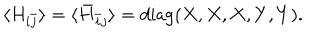
LaTeX: \langle H _ { i \bar { j } } \rangle = \langle \bar { H } _ { \bar { i } j } \rangle = \mathrm { d i a g } ( X , X , X , Y , Y ) .